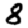
Digit: 8